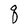
Character: q